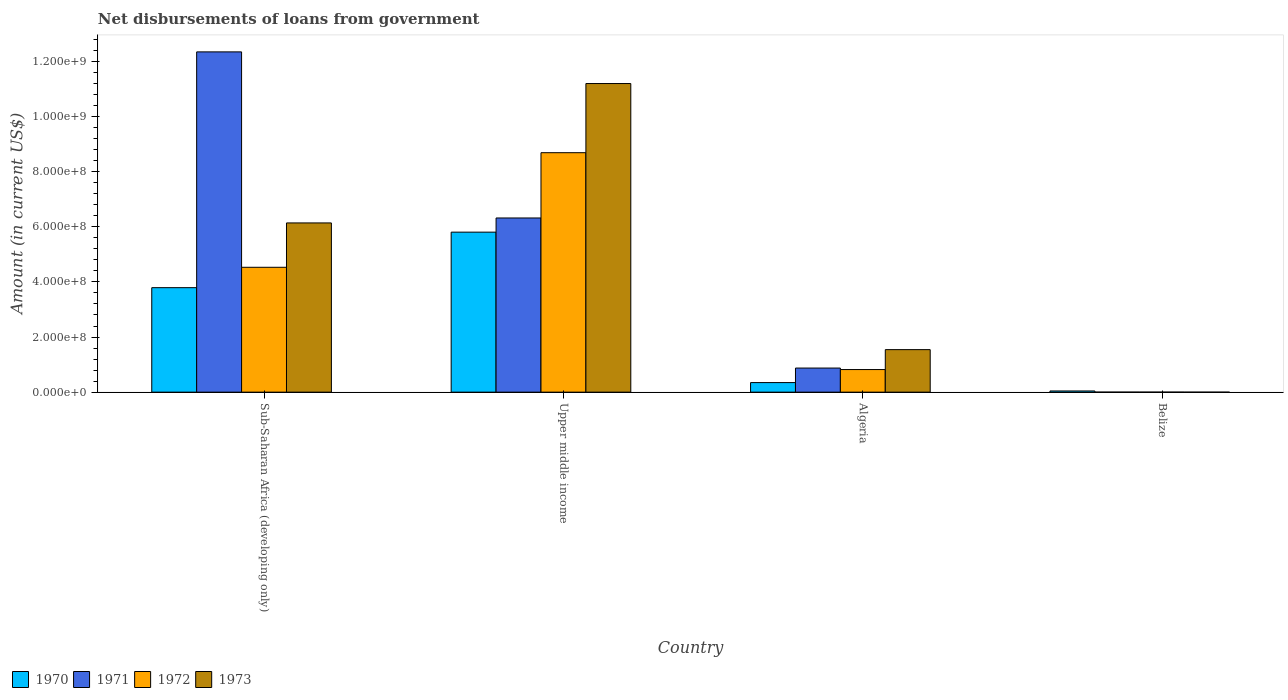
| Country | 1970 | 1971 | 1972 | 1973 |
 | --- | --- | --- | --- | --- |
 | Sub-Saharan Africa (developing only) | 3.79e+08 | 1.23e+09 | 4.53e+08 | 6.14e+08 |
 | Upper middle income | 5.81e+08 | 6.32e+08 | 8.69e+08 | 1.12e+09 |
 | Algeria | 3.47e+07 | 8.74e+07 | 8.2e+07 | 1.54e+08 |
 | Belize | 4.3e+06 | -5e+03 | -3e+04 | -1.99e+05 |